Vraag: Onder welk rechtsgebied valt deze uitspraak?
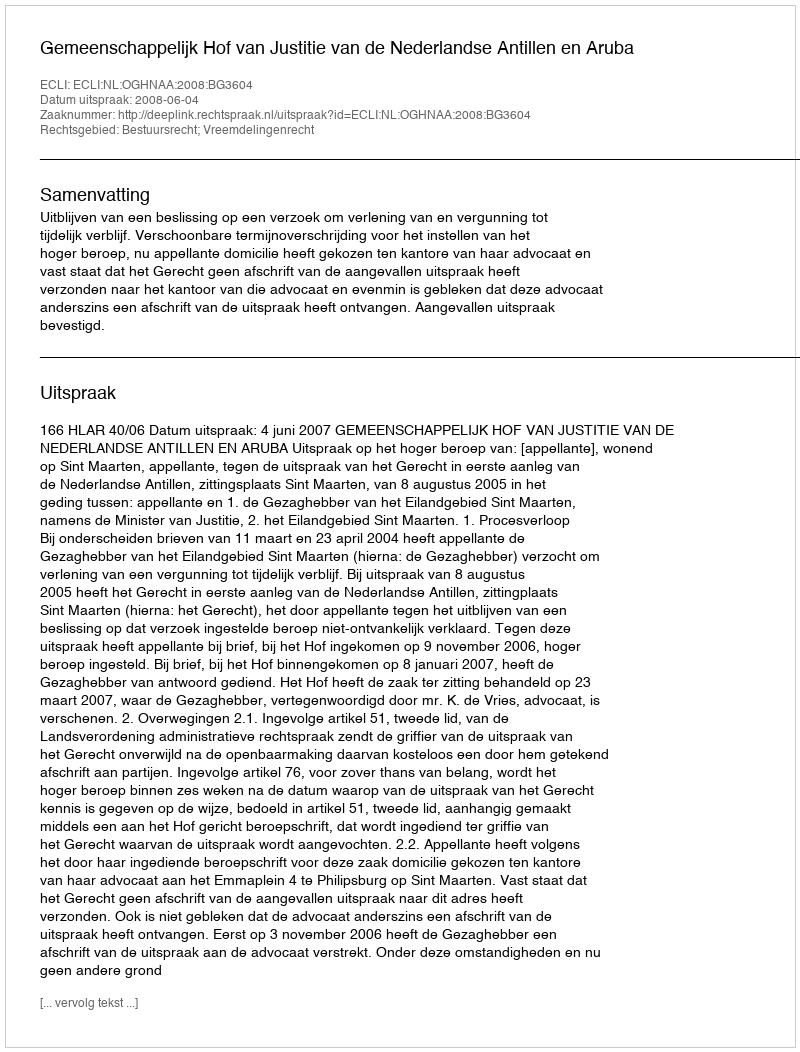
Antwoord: Bestuursrecht; Vreemdelingenrecht